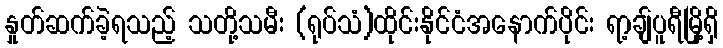
နှုတ်ဆက်ခဲ့ရသည့် သတို့သမီး (ရုပ်သံ)ထိုင်းနိုင်ငံအနောက်ပိုင်း ရာ့ချ်ပူရီမြို့ရှိ